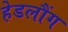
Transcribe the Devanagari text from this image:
हेडलौंग